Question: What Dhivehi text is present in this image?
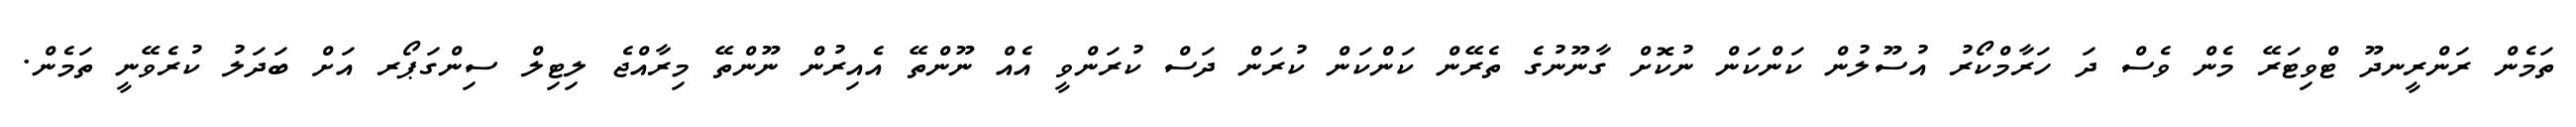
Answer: ތަމެން ރަންރީނދޫ ޓްވިޓަރޭ މެން ވެސް ދަ ހަރާމްކޯރު އުސޫލުން ކަންކަން ނުކޮށް ގާނޫނުގެ ތެރޭން ކަންކަން ކުރަން ދަސް ކުރަންވީ އެއް ނޫންތޭ އެއިރުން ނޫންތޭ މިރާއްޖެ ލިޓިލް ސިންގަޕޯރ އަށް ބަދަލު ކުރެވޭނީ ތަމެން.